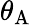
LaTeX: \theta_{\mathrm{A}}